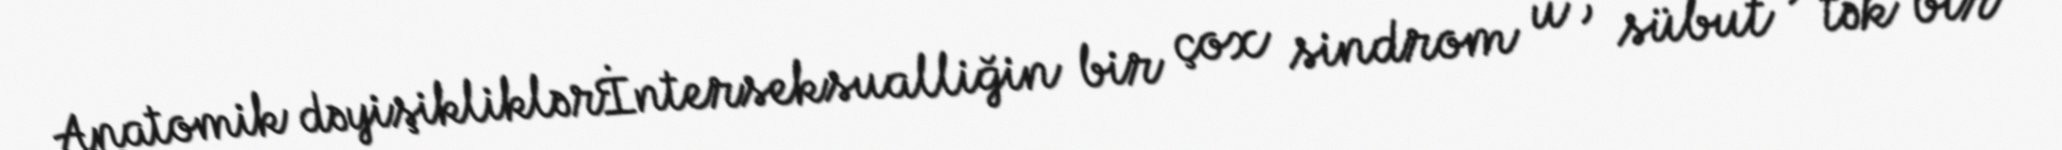
Anatomik dəyişikliklərİnterseksualliğin bir çox sindrom u , sübut , tək bir